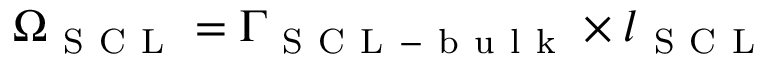
\Omega _ { \mathrm { ~ S ~ C ~ L ~ } } = \Gamma _ { \mathrm { ~ S ~ C ~ L ~ - ~ b ~ u ~ l ~ k ~ } } \times l _ { \mathrm { ~ S ~ C ~ L ~ } }